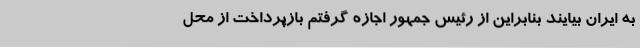
به ایران بیایند بنابراین از رئیس جمهور اجازه گرفتم بازپرداخت از محل